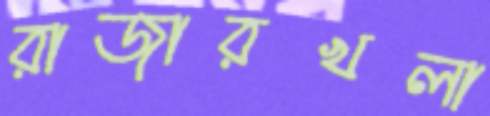
রাজারখলা